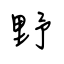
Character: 野